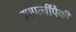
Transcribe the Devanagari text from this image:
उपपत्नींपैकी